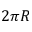
2 \pi R